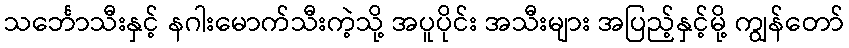
သင်္ဘောသီးနှင့် နဂါးမောက်သီးကဲ့သို့ အပူပိုင်း အသီးများ အပြည့်နှင့်မို့ ကျွန်တော်